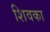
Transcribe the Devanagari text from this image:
शिवका